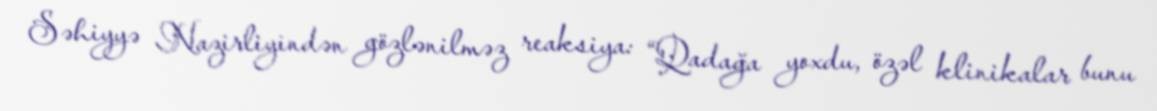
Səhiyyə Nazirliyindən gözlənilməz reaksiya: “Qadağa yoxdu, özəl klinikalar bunu